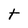
Character: t